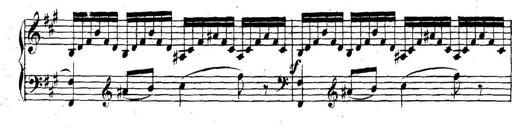
Title: Collected Piano Sonatas
Composer: Muzio Clementi